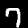
Label: 7